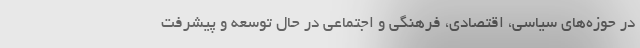
در حوزه‌های سیاسی، اقتصادی، فرهنگی و اجتماعی در حال توسعه و پیشرفت